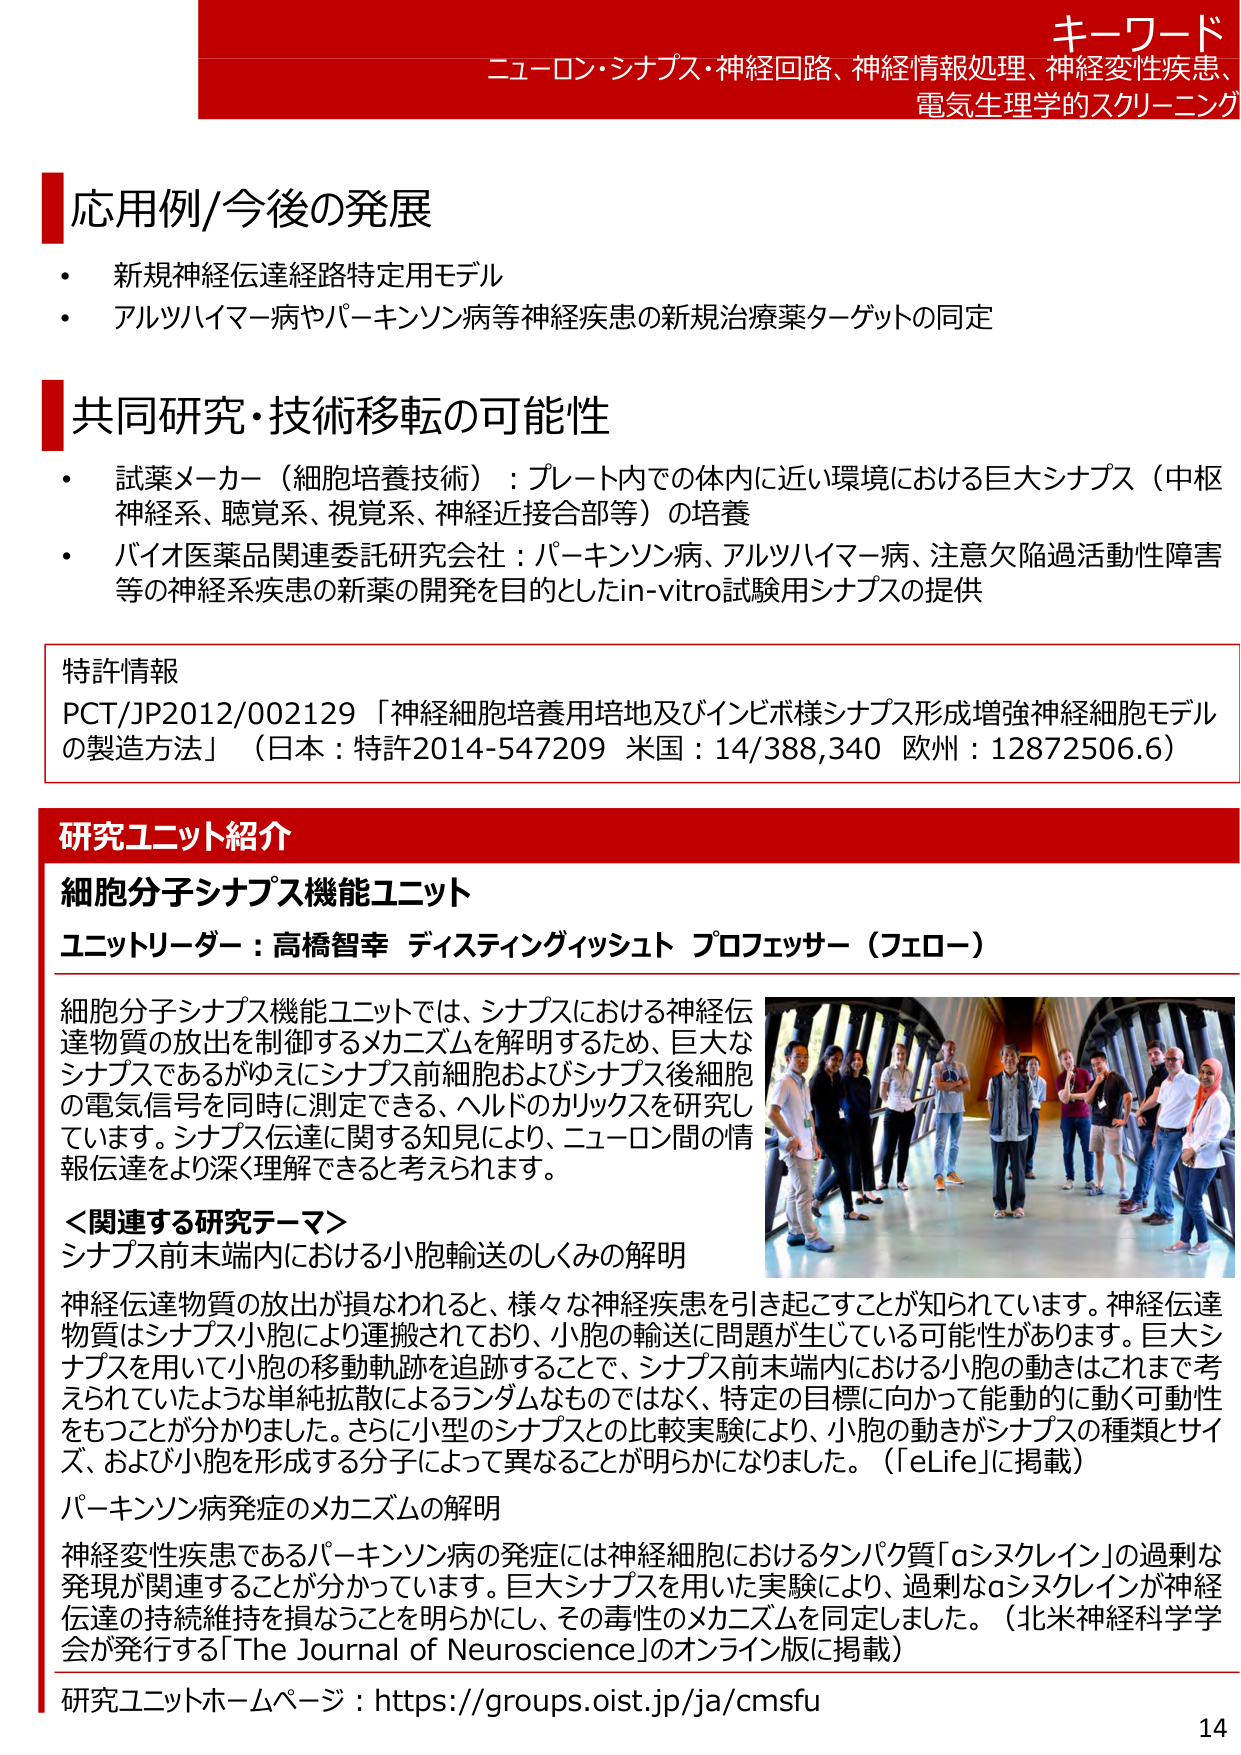
キーワード
ニューロン・シナプス・神経回路、神経情報処理、神経変性疾患、
電気生理学的スクリーニング

応用例/今後の発展
・ 新規神経伝達経路特定用モデル
・ アルツハイマー病やパーキンソン病等神経疾患の新規治療薬ターゲットの同定

共同研究・技術移転の可能性
・ 試薬メーカー（細胞培養技術）：プレート内での体内に近い環境における巨大シナプス（中枢神経系、聴覚系、視覚系、神経近接部等）の培養
・ バイオ医薬品関連委託研究会社：パーキンソン病、アルツハイマー病、注意欠陥過活動性障害等の神経系疾患の新薬の開発を目的としたin-vitro試験用シナプスの提供

特許情報
PCT/JP2012/002129 「神経細胞培養用培地及びインビボ様シナプス形成増強神経細胞モデルの製造方法」（日本：特許2014-547209 米国：14/388,340 欧州：12872506.6）

研究ユニット紹介
細胞分子シナプス機能ユニット
ユニットリーダー：高橋智幸 ディスティンギッシュド プロフェッサー（フェロー）

細胞分子シナプス機能ユニットでは、シナプスにおける神経伝達物質の放出を制御するメカニズムを解明するため、巨大なシナプスであるがゆえにシナプス前細胞およびシナプス後細胞の電気信号を同時に測定できる、ヘルドのカリックスを研究しています。シナプス伝達に関する知見により、ニューロン間の情報伝達をより深く理解できると考えられます。

＜関連する研究テーマ＞
シナプス前末端内における小胞輸送のしくみの解明
神経伝達物質の放出が損なわれると、様々な神経疾患を引き起こすことが知られています。神経伝達物質はシナプス小胞により運搬されており、小胞の輸送に問題が生じている可能性があります。巨大シナプスを用いて小胞の移動軌跡を追跡することで、シナプス前末端内における小胞の動きはこれまで考えられていたような単純拡散によるランダムなものではなく、特定の目標に向かって能動的に動く可動性をもつことが分かりました。さらに小型のシナプスとの比較実験により、小胞の動きがシナプスの種類とサイズ、および小胞を形成する分子によって異なることが明らかになりました。（「eLife」に掲載）

パーキンソン病発症のメカニズムの解明
神経変性疾患であるパーキンソン病の発症には神経細胞におけるタンパク質「αシヌクレイン」の過剰な発現が関連することが分かっています。巨大シナプスを用いた実験により、過剰なαシヌクレインが神経伝達の持続維持を損なうことを明らかにし、その毒性のメカニズムを同定しました。（北米神経科学学会が発行する「The Journal of Neuroscience」のオンライン版に掲載）

研究ユニットホームページ：https://groups.oist.jp/ja/cmsfu

14